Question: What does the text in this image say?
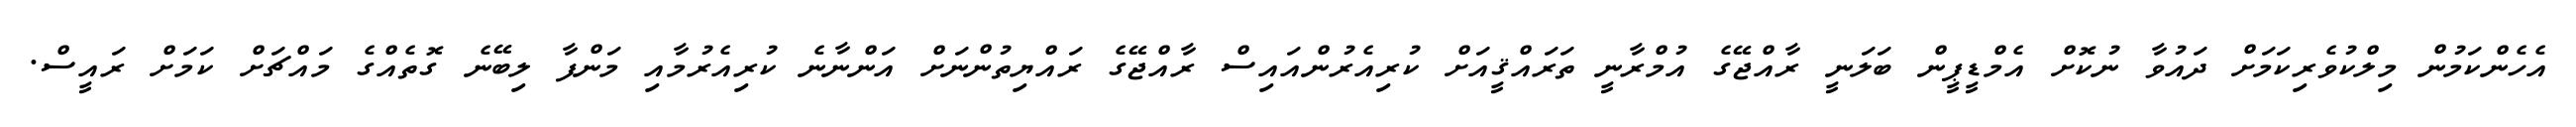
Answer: އެހެންކަމުން މިލްކުވެރިކަމަށް ދައުވާ ނުކޮށް އެމްޑީޕީން ބަލަނީ ރާއްޖޭގެ އުމްރާނީ ތަރައްޤީއަށް ކުރިއެރުންއައިސް ރާއްޖޭގެ ރައްޔިތުންނަށް އަންނާނެ ކުރިއެރުމާއި މަންފާ ލިބޭނެ ގޮތެއްގެ މައްޗަށް ކަމަށް ރައީސް.